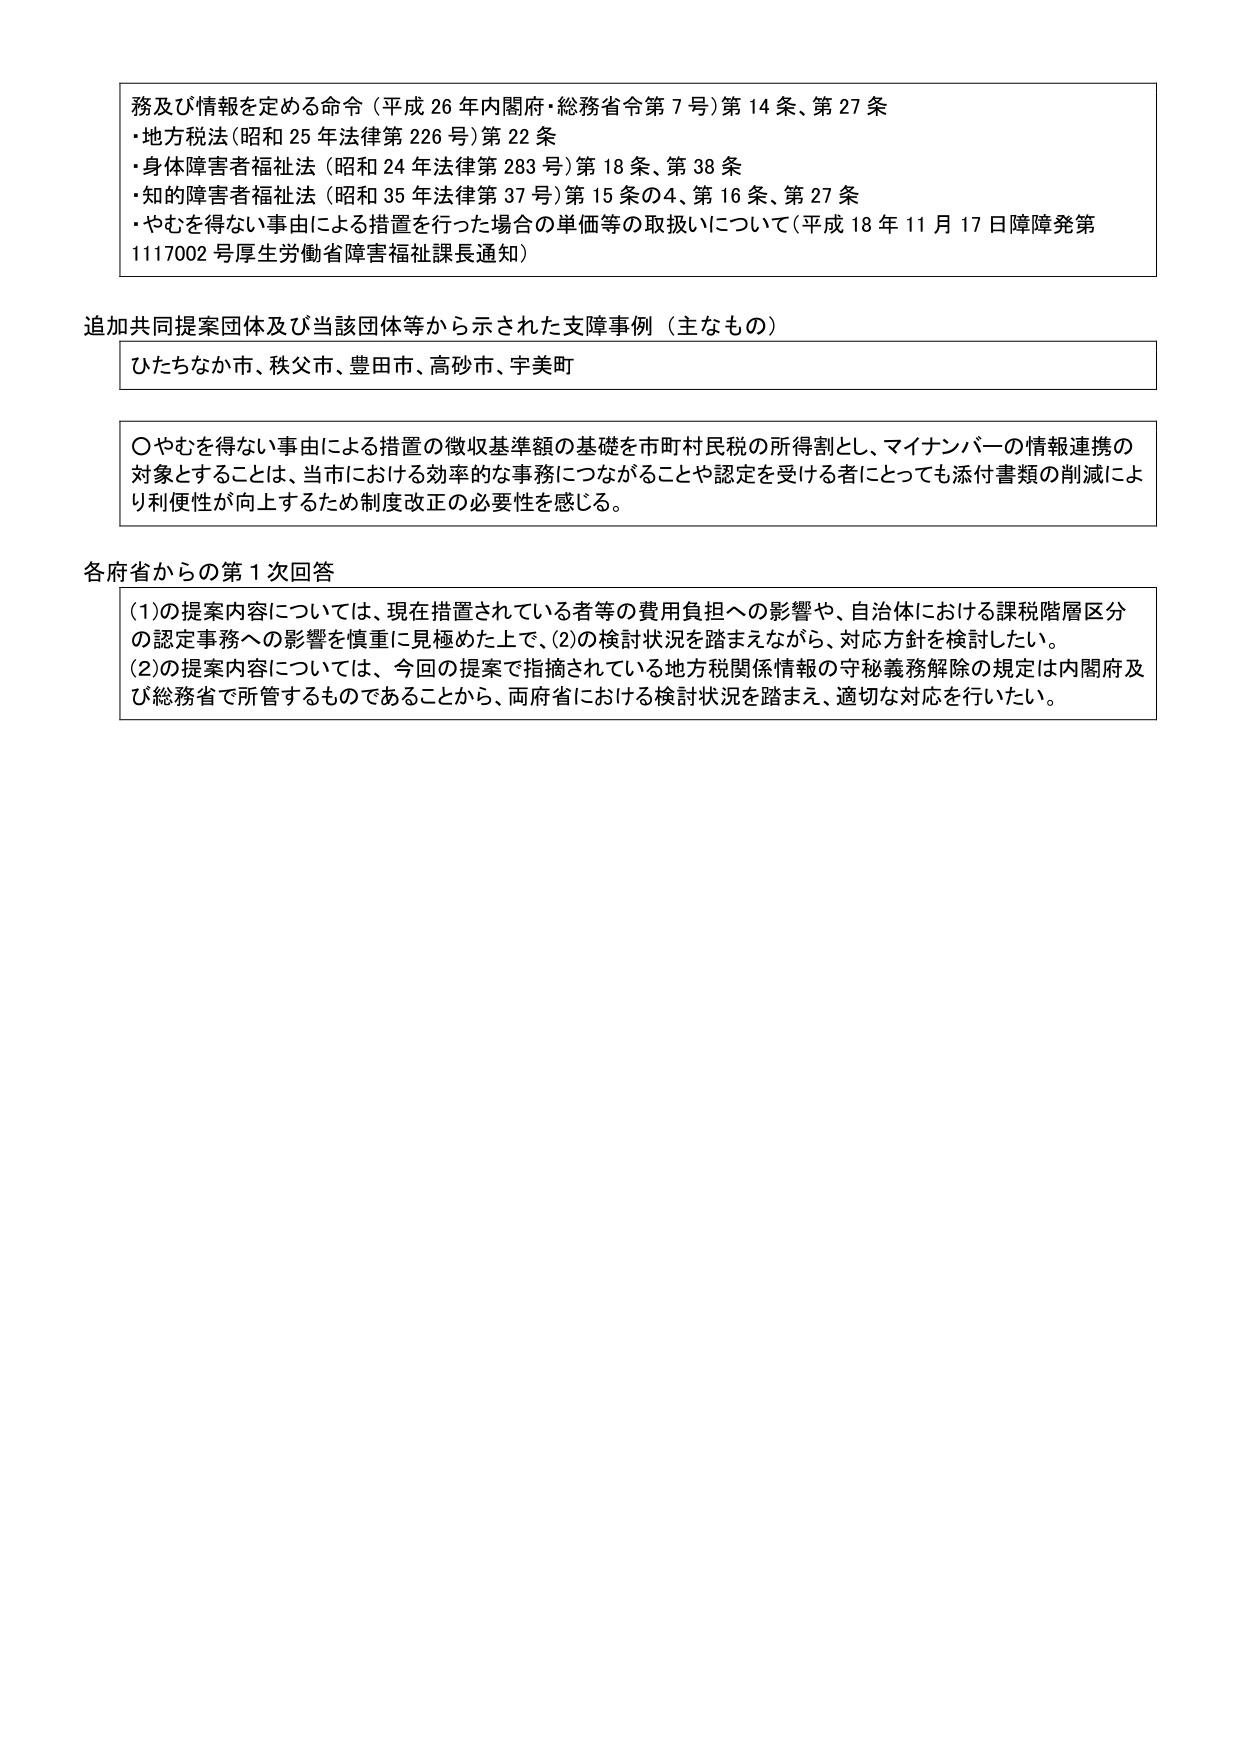
務及び情報を定める命令（平成26年内閣府・総務省令第7号）第14条、第27条
・地方税法（昭和25年法律第226号）第22条
・身体障害者福祉法（昭和24年法律第283号）第18条、第38条
・知的障害者福祉法（昭和35年法律第37号）第15条の4、第16条、第27条
・やむを得ない事由による措置を行った場合の単価等の取扱いについて（平成18年11月17日障障発第1117002号厚生労働省障害福祉課長通知）

追加共同提案団体及び当該団体等から示された支障事例（主なもの）
ひたちなか市、秩父市、豊田市、高砂市、宇美町

○やむを得ない事由による措置の徴収基準額の基礎を市町村民税の所得割とし、マイナンバーの情報連携の対象とすることは、当市における効率的な事務につながることや認定を受ける者にとっても添付書類の削減により利便性が向上するため制度改正の必要性を感じる。

各府省からの第1次回答
(1)の提案内容については、現在措置されている者等の費用負担への影響や、自治体における課税階層区分の認定事務への影響を慎重に見極めた上で、(2)の検討状況を踏まえながら、対応方針を検討したい。
(2)の提案内容については、今回の提案で指摘されている地方税関係情報の守秘義務解除の規定は内閣府及び総務省で所管するものであることから、両府省における検討状況を踏まえ、適切な対応を行いたい。